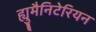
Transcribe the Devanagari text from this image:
ह्युमैनिटेरियन